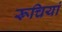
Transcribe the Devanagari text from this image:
रूचियां